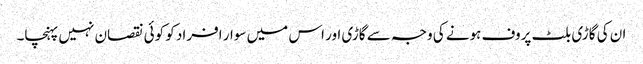
ان کی گاڑی بلٹ پروف ہونے کی وجہ سے گاڑی اور اس میں سوار افراد کو کوئی نقصان نہیں پہنچا۔